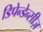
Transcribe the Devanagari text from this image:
डिपेन्डेन्सीज़